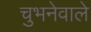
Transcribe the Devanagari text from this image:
चुभनेवाले